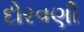
દોરવણી